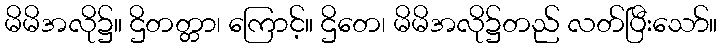
မိမိအလို၌။ ဌိတတ္တာ၊ ကြောင့်။ ဌိတေ၊ မိမိအလို၌တည် လတ်ပြီးသော်။